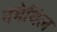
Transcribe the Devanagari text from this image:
नमेथिल